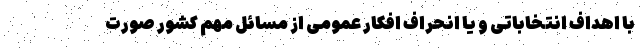
با اهداف انتخاباتی و یا انحراف افکار عمومی از مسائل مهم کشور صورت